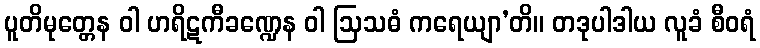
ပူတိမုတ္တေန ဝါ ဟရိဋကီခဏ္ဍေန ဝါ ဩသဓံ ကရေယျာ’တိ။ တဒုပါဒါယ လူခံ စီဝရံ